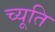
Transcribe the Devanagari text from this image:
च्यूति